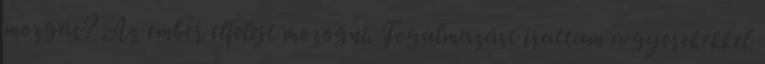
mozgás? Az ember elfelejt mozogni. Fogalmazást írattam a gyerekekkel.